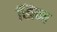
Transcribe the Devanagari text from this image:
खिन्च